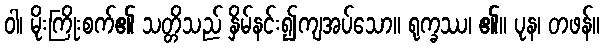
ဝါ၊ မိုးကြိုးစက်၏ သတ္တိသည် နှိမ်နင်း၍ကျအပ်သော။ ရုက္ခဿ၊ ၏။ ပုန၊ တဖန်။